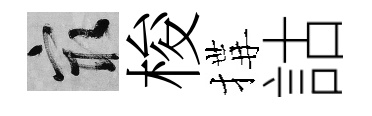
冣梭搆詁